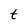
Character: t